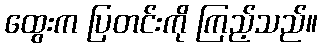
ထွေးက ပြတင်းကို ကြည့်သည်။